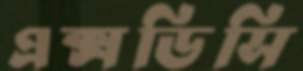
এক্সডিসি